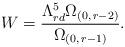
LaTeX: \begin{align*}W=\frac{\Lambda _{rd}^{5}\Omega_{(0,\, r-2)}}{\Omega_{(0,\, r-1)}}.\end{align*}